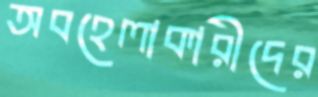
অবহেলাকারীদের